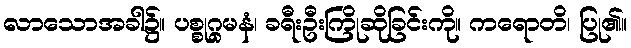
လာသောအခါ၌။ ပစ္စုဂ္ဂမနံ၊ ခရီးဦးကြိုဆိုခြင်းကို။ ကရောတိ၊ ပြု၏။